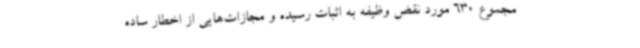
مجموع 630 مورد نقض وظیفه به اثبات رسیده و مجازات‌هایی از اخطار ساده